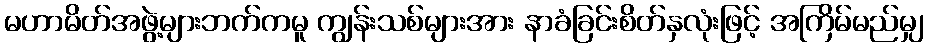
မဟာမိတ်အဖွဲ့များဘက်ကမူ ကျွန်းသစ်များအား နာခံခြင်းစိတ်နှလုံးဖြင့် အကြိမ်မည်မျှ